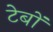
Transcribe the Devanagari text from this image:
टेबों